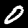
Label: 0